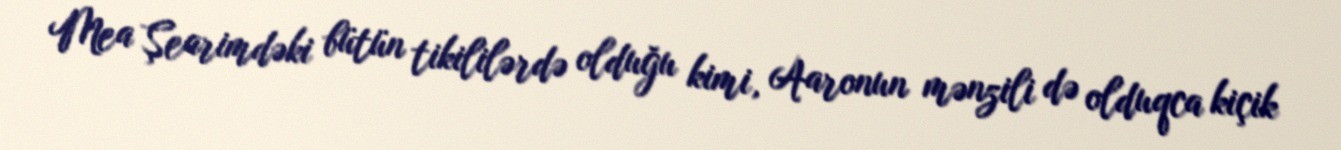
Mea Şearimdəki bütün tikililərdə olduğu kimi, Aaronun mənzili də olduqca kiçik